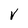
Character: V